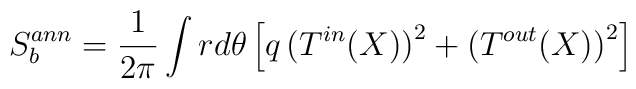
S_b^{ann}=\frac{1}{2\pi}\int rd\theta \,\Bigl[q\,\bigl(T^{in}(X)\bigr)^2+\bigl(T^{out}(X)\bigr)^2\Bigl]\quad